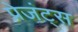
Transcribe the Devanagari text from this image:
प्रेजंट्स